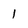
Character: 1